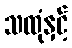
သထုံနှင့်